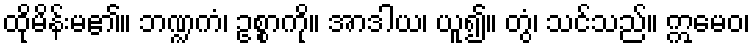
ထိုမိန်းမ၏။ ဘဏ္ဍကံ၊ ဥစ္စာကို။ အာဒါယ၊ ယူ၍။ တွံ၊ သင်သည်။ ဣမေဝ၊